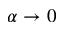
\alpha \rightarrow 0